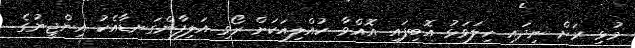
މުޅި ރަށް ނިދައި ހިލަވަޅު އޮބިފައި އޮއްވާ ކުއްލިއަކަށް ރޯވި އަލިފާންގަނޑާއެކު އިންޖީނުގެ